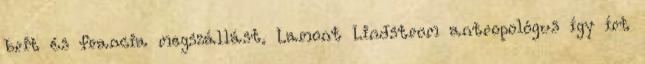
brit és francia megszállást. Lamont Lindstrom antropológus így írt